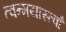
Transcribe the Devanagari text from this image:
त्वन्मयास्त्वाँ